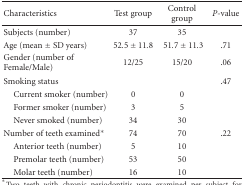
<table><thead><tr><td><b>Characteristics</b></td><td><b>Test group</b></td><td><b>Control group</b></td><td><b><i>P</i>-value</b></td></tr></thead><tbody><tr><td>Subjects (number)</td><td>37</td><td>35</td><td></td></tr><tr><td>Age (mean ± SD years)</td><td>52.5 ± 11.8</td><td>51.7 ± 11.3</td><td>.71</td></tr><tr><td>Gender (number of Female/Male)</td><td>12/25</td><td> 15/20</td><td>.06</td></tr><tr><td>Smoking status</td><td></td><td></td><td>.47</td></tr><tr><td> Current smoker (number)</td><td>0</td><td>0</td><td></td></tr><tr><td> Former smoker (number)</td><td>3</td><td>5</td><td></td></tr><tr><td> Never smoked (number)</td><td>34</td><td>30</td><td></td></tr><tr><td>Number of teeth examined*</td><td>74</td><td>70</td><td>.22</td></tr><tr><td> Anterior teeth (number)</td><td>5</td><td>10</td><td></td></tr><tr><td> Premolar teeth (number)</td><td>53</td><td>50</td><td></td></tr><tr><td> Molar teeth (number)</td><td>16</td><td>10</td><td></td></tr></tbody></table>